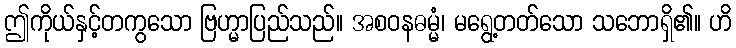
ဤကိုယ်နှင့်တကွသော ဗြဟ္မာပြည်သည်။ အစဝနဓမ္မံ၊ မရွေ့တတ်သော သဘောရှိ၏။ ဟိ